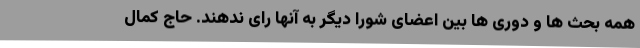
همه بحث ها و دوری ها بین اعضای شورا دیگر به آنها رای ندهند. حاج کمال